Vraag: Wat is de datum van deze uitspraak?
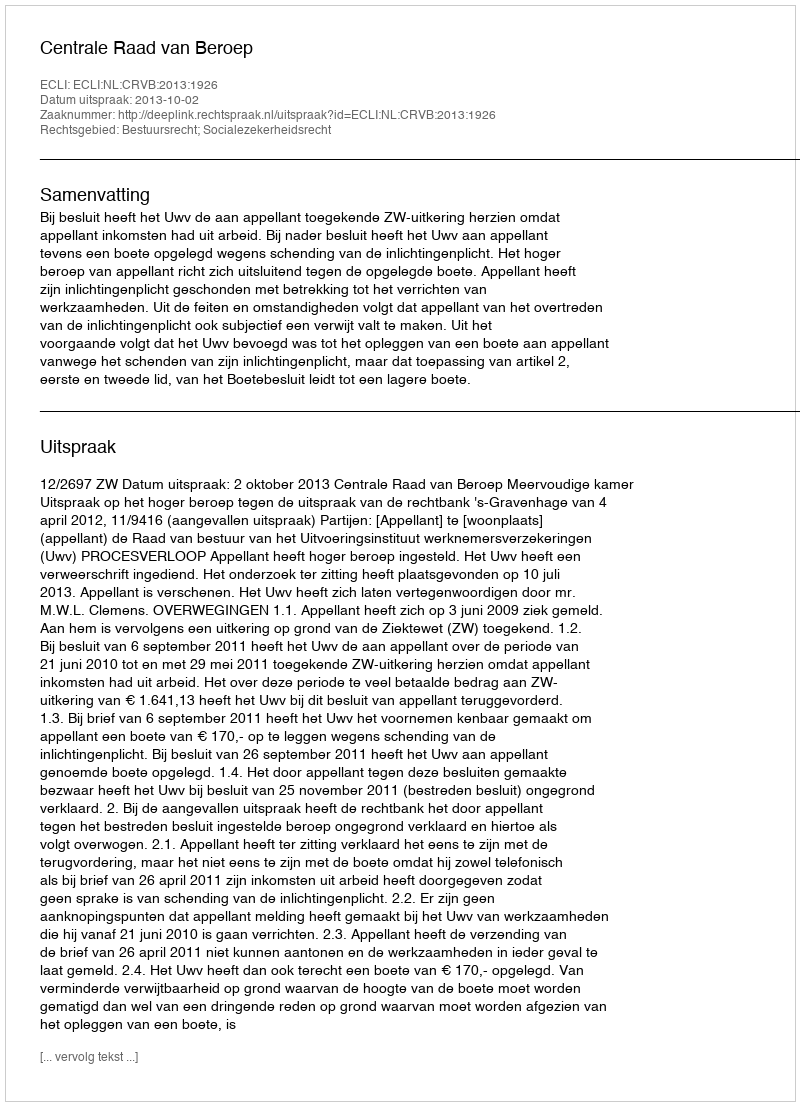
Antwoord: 2013-10-02